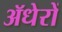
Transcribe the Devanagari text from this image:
ॲधेरों